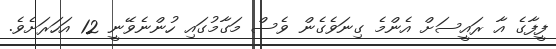
ފީފާގެ އާ ރައީސަށް އެންމެ ގިނަވެގެން ވެސް މަގާމުގައި ހުންނެވޭނީ 12 އަހަރަށެވެ.